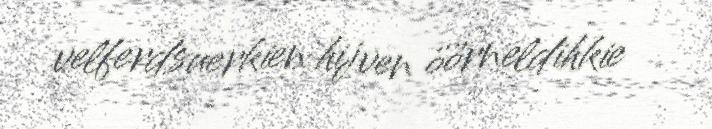
velferdsuerkien hijven öörneldihkie